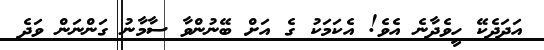
އަދަދެކޭ ހީވެދާނެ އެވެ! އެކަމަކު ގެ އަށް ބޭނުންވާ ސާމާނު ގަންނަން ވަދެ